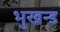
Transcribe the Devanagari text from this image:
भुखन्ड